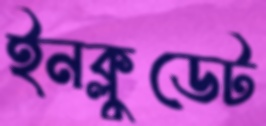
ইনক্লুডেট